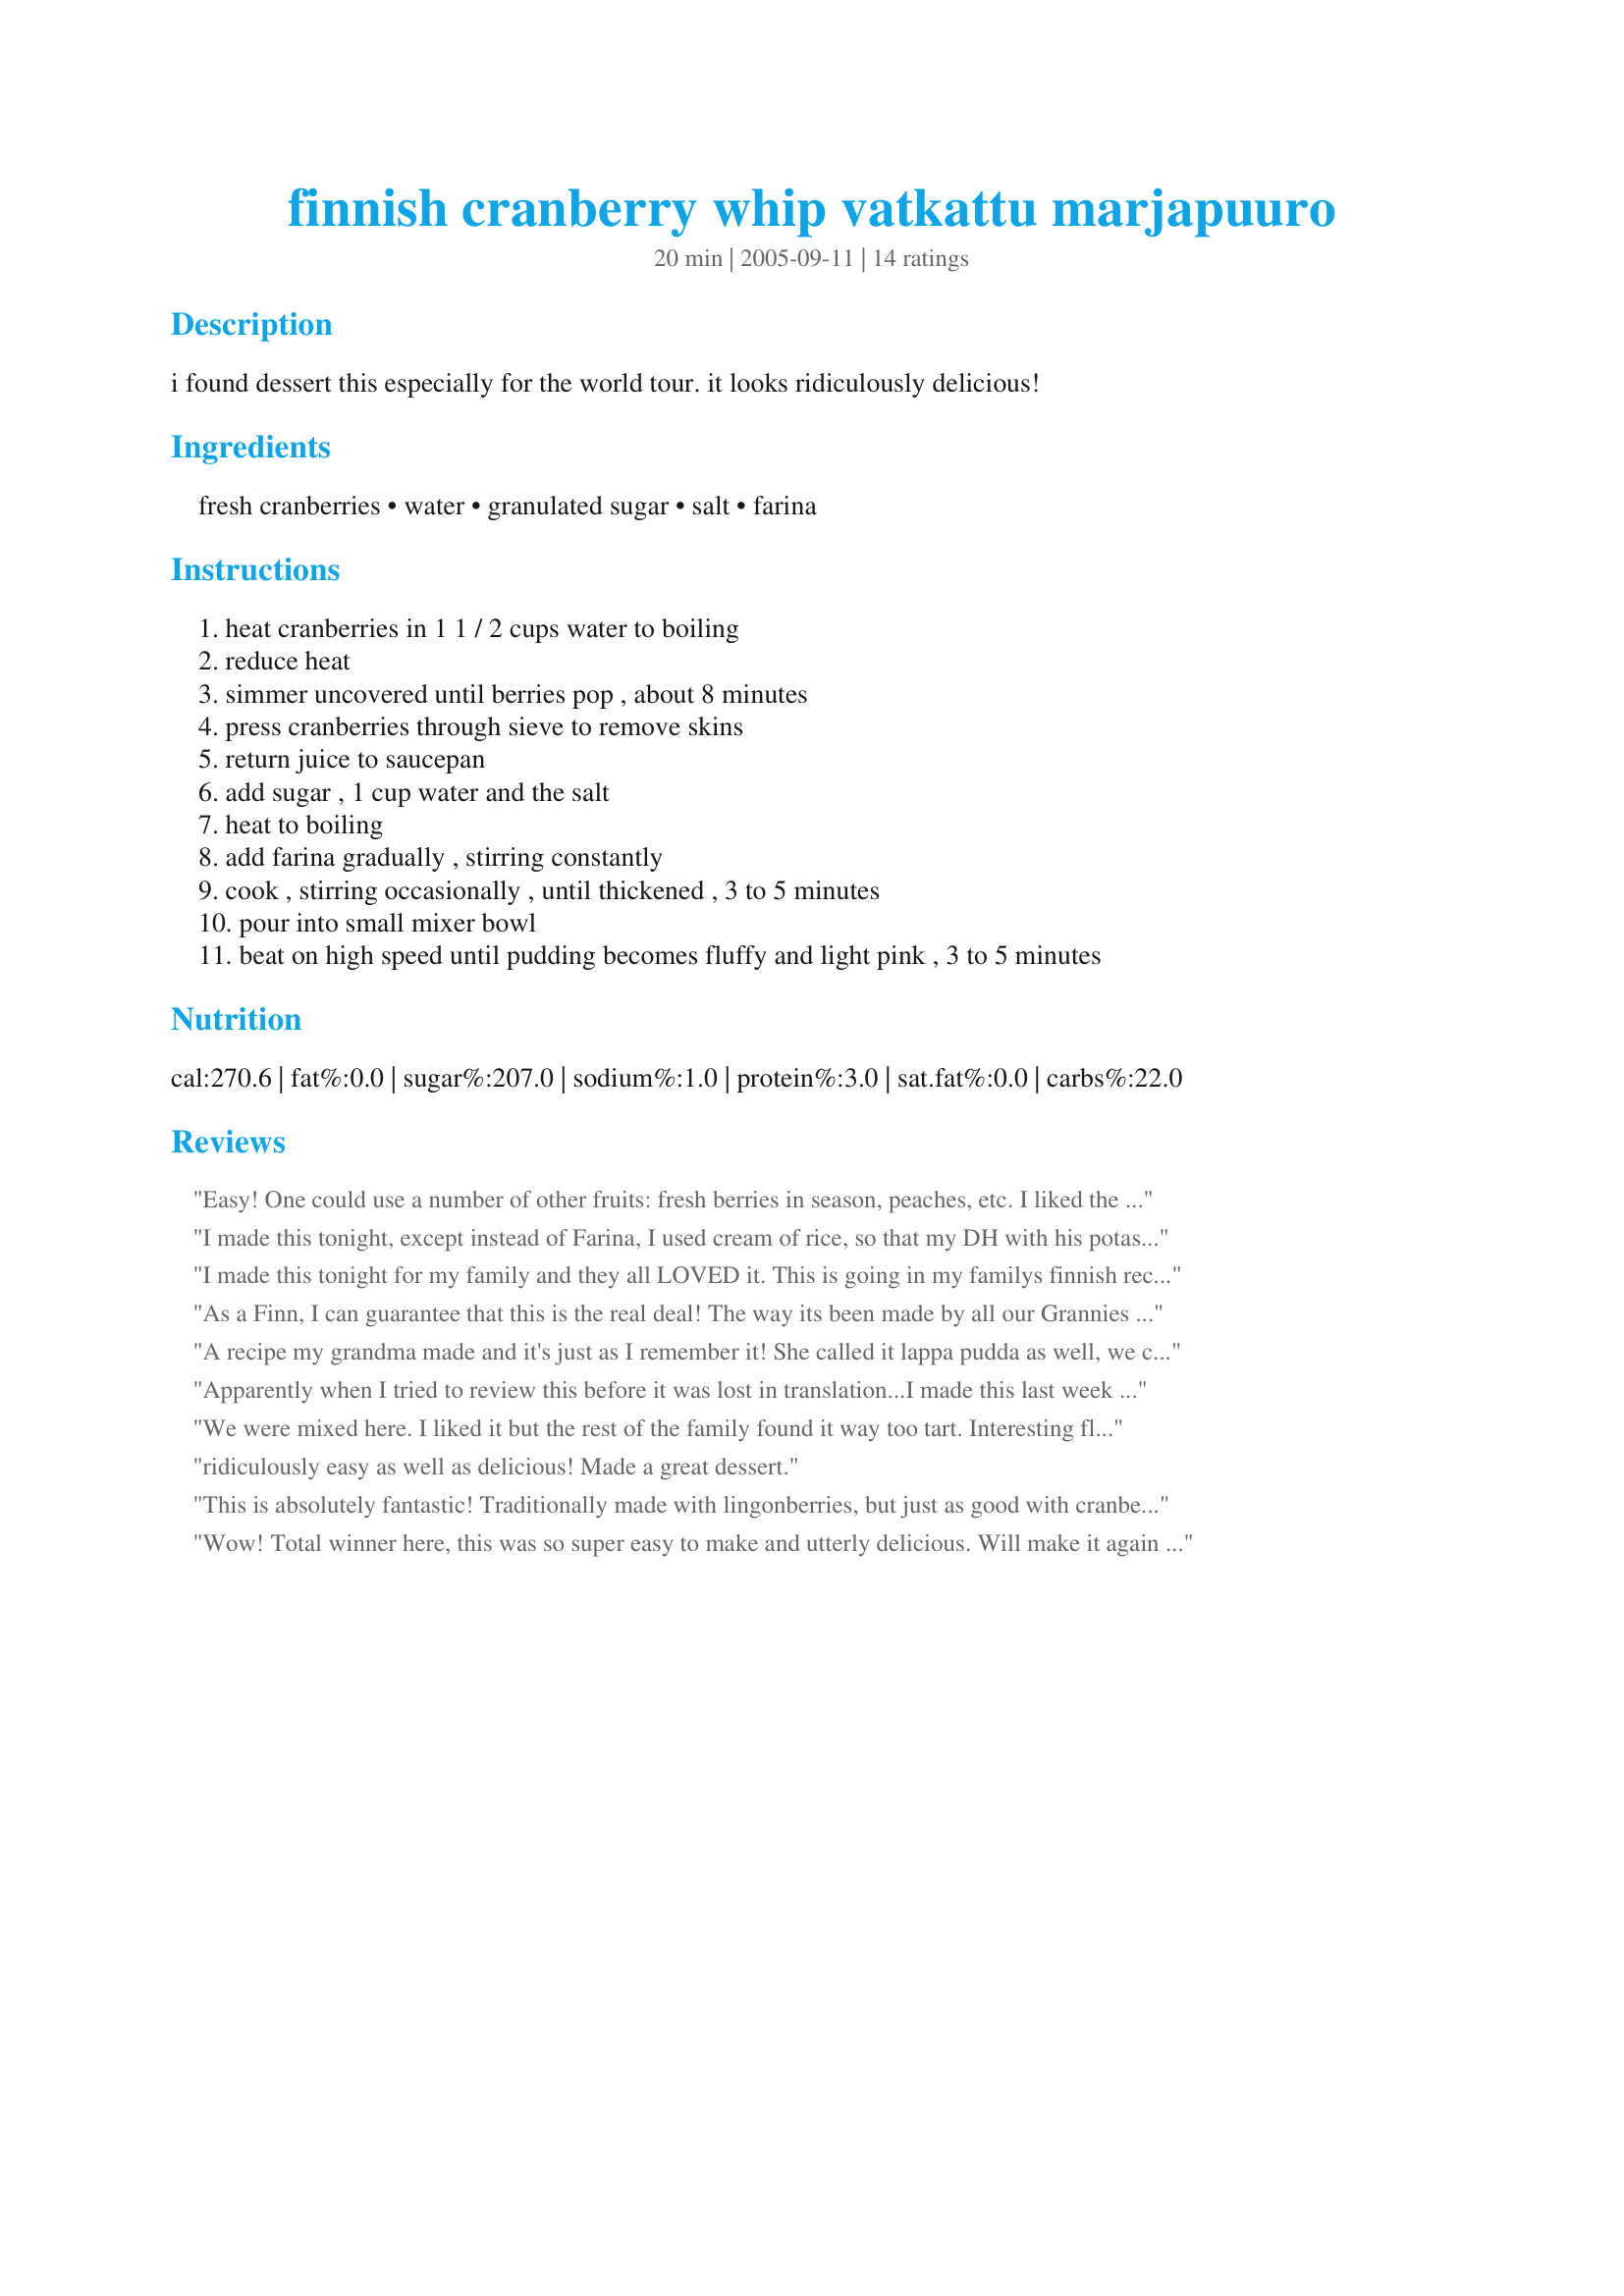
finnish cranberry whip vatkattu marjapuuro
Preparation time: 20 minutes

i found dessert this especially for the world tour. it looks ridiculously delicious!

Ingredients:
fresh cranberries, water, granulated sugar, salt, farina

Steps:
heat cranberries in 1 1 / 2 cups water to boiling, reduce heat, simmer uncovered until berries pop , about 8 minutes, press cranberries through sieve to remove skins, return juice to saucepan, add sugar , 1 cup water and the salt, heat to boiling, add farina gradually , stirring constantly, cook , stirring occasionally , until thickened , 3 to 5 minutes, pour into small mixer bowl, beat on high speed until pudding becomes fluffy and light pink , 3 to 5 minutes

Reviews:
Easy! One could use a number of other fruits: fresh berries in season, peaches, etc. I liked the taste best well chilled. A good use for 1 cup of leftover frozen organic cranberries from Christmas time. Thanks for posting! Perfect balance of tart/sweet. Reviewed for Veg Tag/July.
I made this tonight, except instead of Farina, I used cream of rice, so that my DH with his potassium limited diet could have some. I did have to increase the amount I used by 1/4 cup to obtain the proper consistency. All together though even with the subsitution this was darned good, EddieBear enjoyed it without complaining, and so did I. Very delicious, and well worth the making. Thank you so much for sharing this recipe, I will be making it again and again.
I made this tonight for my family and they all LOVED it. This is going in my familys finnish recipe book. Thanks this is great.
As a Finn, I can guarantee that this is the real deal! The way its been made by all our Grannies there. It's always made with tart berries, typically also with red-, white- and black currants.
A recipe my grandma made and it's just as I remember it! She called it lappa pudda as well, we called it purple pudding because she used blueberries too.
Apparently when I tried to review this before it was lost in translation...I made this last week and I'm making it again already! Great recipe! Very different-I had people ask me if it had whipping cream in it. Perfect balance of sweet and tart, thanks!
We were mixed here. I liked it but the rest of the family found it way too tart. Interesting flavor and I'm glad I tried it.
ridiculously easy as well as delicious! Made a great dessert.
This is absolutely fantastic! Traditionally made with lingonberries, but just as good with cranberries - slightly tart, best served with cold milk! I put in double the amount of farina to get a bit thicker consistancy, and I used frozen cranberries - otherwise followed instructions. This recipe totally rules, thanks elmotoo!
Wow! Total winner here, this was so super easy to make and utterly delicious. Will make it again and try other berries and maybe pineapple juice instead of water and sugar. Very versatile.<br/>I used millet farina to be gluten free, and it worked out perfectly. Thanks for sharing!<br/>Made for Ramadan Tag / N*A*M*E Forum.
Have made this dessert twice now, & both times had A REALLY OUTSTANDING TREAT! The 1st time it was made as directed, & we enjoyed the smoothness & the sweet/tart combo! Then, the 2nd time I didn't run the berries through a sieve (wanting all the nutrients I could get) & that was very nice, too, although I understand that I didn't get the end result expected with this Finnish dessert! Still, a great keeper! [Tagged, made & reviewed for one of my vegan partners in the Vegetarian/Vegan Recipe Swap 3]
This was a recipe my grandmother made. The best part was when she took the bowl out into the snow to whip the pudding. It is great icy cold. I have made it using cranberry juice as a substitute for the cranberry part and add some extra sugar. After it has cooked to the desired consistency, I set the bowl in icy water to beat it. It's a wonderful holiday treat! My grandmother called it Lappa Pudda.
This IS ridiculously delicious! This is essentially a cranberry pudding, right? Like another reviewer commented, it has such a rich taste/texture that one could swear it has cream in it! I served it with a little dollop of whipped cream. Thanks, Elmotoo! Made for Vegetarian Swap #2.
I used frozen cranberries and splenda instead of sugar. Also added a bit more farina to make this a bit thicker. Nice taste, and just a bit of tartness from the cranberries. Will be making this again, thank you for posting!
